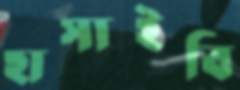
হাসাইবি